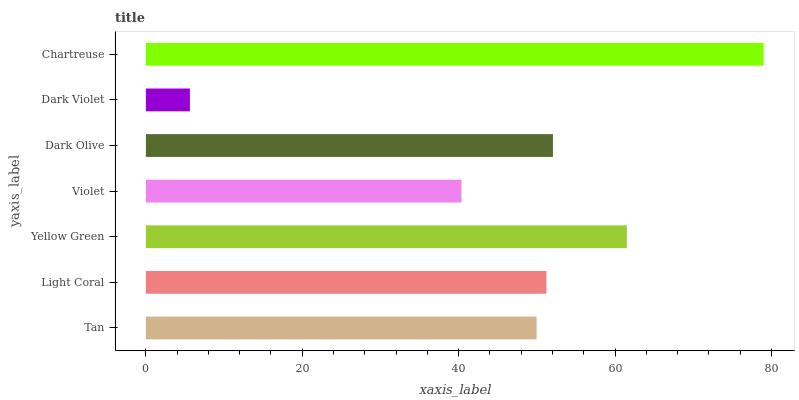
| yaxis_label | bars |
 | --- | --- |
 | Tan | 50 |
 | Light Coral | 51.2 |
 | Yellow Green | 61.5 |
 | Violet | 40.4 |
 | Dark Olive | 52.1 |
 | Dark Violet | 5.63 |
 | Chartreuse | 79 |